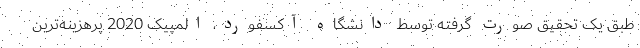
طبق یک تحقیق صورت گرفته توسط دانشگاه آکسفورد، المپیک 2020 پرهزینه‌ترین